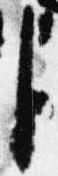
臣